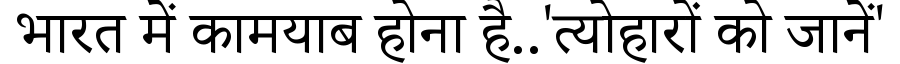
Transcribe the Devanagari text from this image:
भारत में कामयाब होना है..'त्योहारों को जानें'